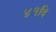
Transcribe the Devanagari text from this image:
४१वि